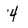
Character: 4